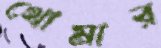
থোমার